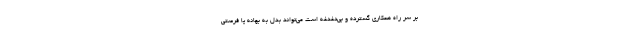
بر سر راه همکاری گسترده و بی‌دغدغه است می‌تواند بدل به بهانه یا فرصتی